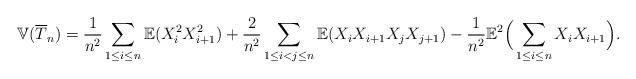
LaTeX: \begin{align*}\mathbb{V}(\overline{T}_n)=\frac{1}{n^2}\sum_{1\leq i \leq n}\mathbb{E}(X_i^2X_{i+1}^2)+\frac{2}{n^2}\sum_{1\leq i<j \leq n}\mathbb{E}(X_iX_{i+1}X_jX_{j+1})-\frac{1}{n^2}\mathbb{E}^2\Big(\sum_{1\leq i \leq n}X_iX_{i+1}\Big).\end{align*}